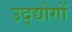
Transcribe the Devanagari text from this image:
उद्द्योगों